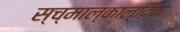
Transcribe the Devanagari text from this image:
स्च्माल्काल्दिक